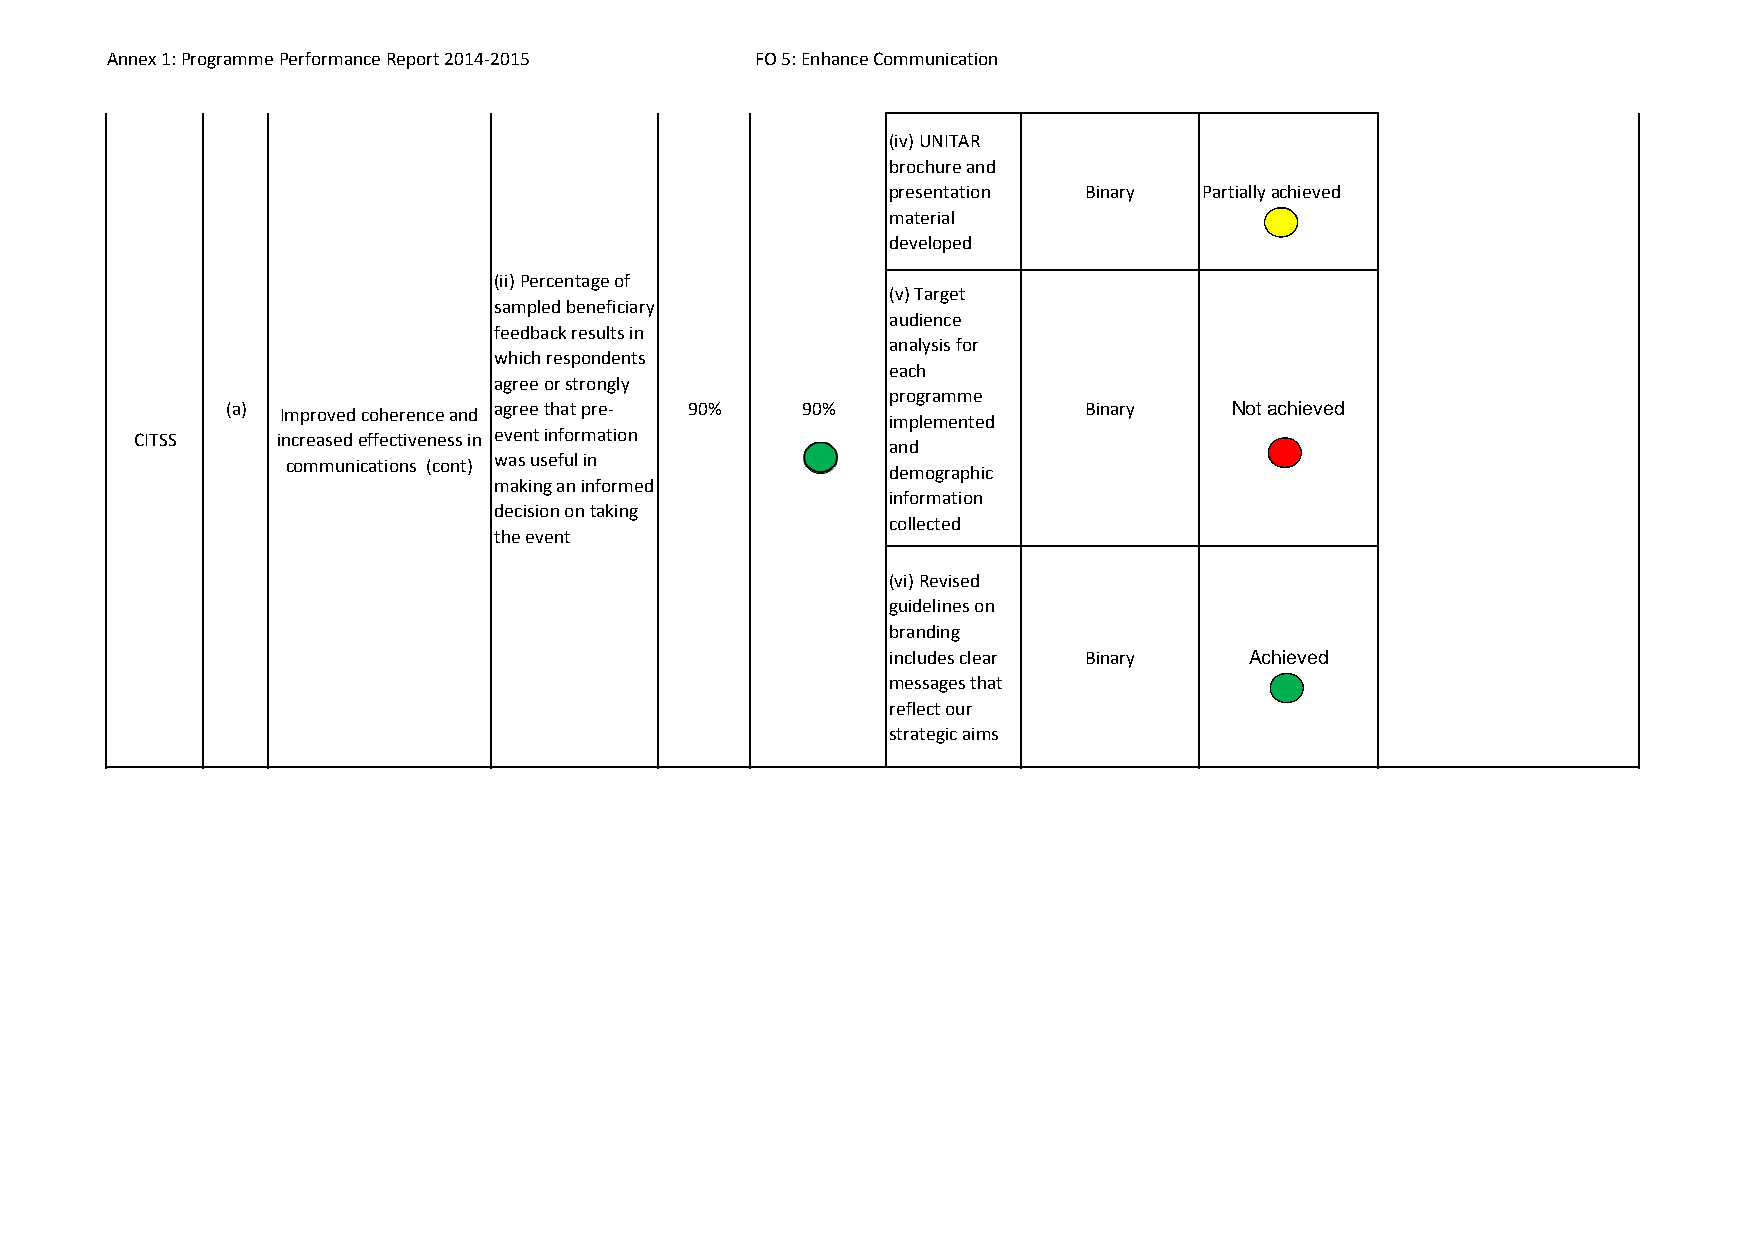
Annex 1: Programme Performance Report 2014‐2015 FO 5: Enhance Communication
 (iv) UNITAR
 brochure and
 presentation Binary  Partially achieved
 material
 developed
 (ii) Percentage of
 (v) Target
 sampled beneficiary
 audience
 feedback results in
 analysis for
 which respondents
 each
 agree or strongly
 programme
 (a) Improved coherence and agree that pre‐ 90% 90%       Binary    Not achieved
 implemented
 CITSS    increased effectiveness in event information
 and
 communications (cont) was useful in
 demographic
 making an informed
 information
 decision on taking
 collected
 the event
 (vi) Revised
 guidelines on
 branding
 includes clear Binary   Achieved
 messages that
 reflect our
 strategic aims